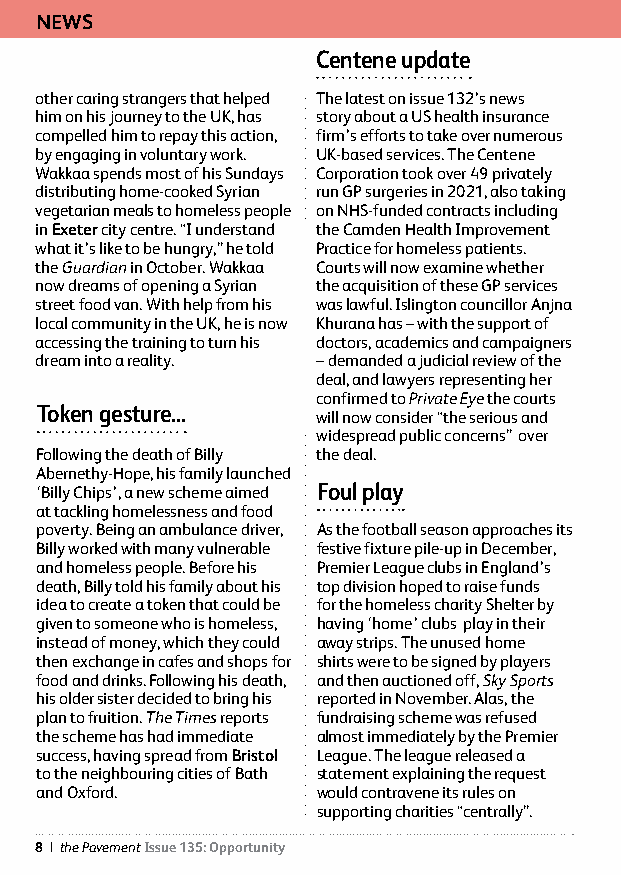
NEWS
 Centene update
 other caring strangers that helped The latest on issue 132’s news
 him on his journey to the UK, has story about a US health insurance
 compelled him to repay this action, firm’s efforts to take over numerous
 by engaging in voluntary work. UK-based services. The Centene
 Wakkaa spends most of his Sundays Corporation took over 49 privately
 distributing home-cooked Syrian run GP surgeries in 2021, also taking
 vegetarian meals to homeless people on NHS-funded contracts including
 in Exeter city centre. “I understand the Camden Health Improvement
 what it’s like to be hungry,” he told Practice for homeless patients.
 the Guardian in October. Wakkaa Courts will now examine whether
 now dreams of opening a Syrian the acquisition of these GP services
 street food van. With help from his was lawful. Islington councillor Anjna
 local community in the UK, he is now Khurana has – with the support of
 accessing the training to turn his doctors, academics and campaigners
 dream into a reality. – demanded a judicial review of the
 deal, and lawyers representing her
 confirmed to Private Eye the courts
 Token gesture...
 will now consider “the serious and
 widespread public concerns” over
 Following the death of Billy the deal.
 Abernethy-Hope, his family launched
 ‘Billy Chips’, a new scheme aimed Foul play
 at tackling homelessness and food
 poverty. Being an ambulance driver, As the football season approaches its
 Billy worked with many vulnerable festive fixture pile-up in December,
 and homeless people. Before his Premier League clubs in England’s
 death, Billy told his family about his top division hoped to raise funds
 idea to create a token that could be for the homeless charity Shelter by
 given to someone who is homeless, having ‘home’ clubs play in their
 instead of money, which they could away strips. The unused home
 then exchange in cafes and shops for shirts were to be signed by players
 food and drinks. Following his death, and then auctioned off, Sky Sports
 his older sister decided to bring his reported in November. Alas, the
 plan to fruition. The Times reports fundraising scheme was refused
 the scheme has had immediate almost immediately by the Premier
 success, having spread from Bristol League. The league released a
 to the neighbouring cities of Bath statement explaining the request
 and Oxford.        would contravene its rules on
 supporting charities “centrally”.
 8 | the Pavement Issue 135: Opportunity